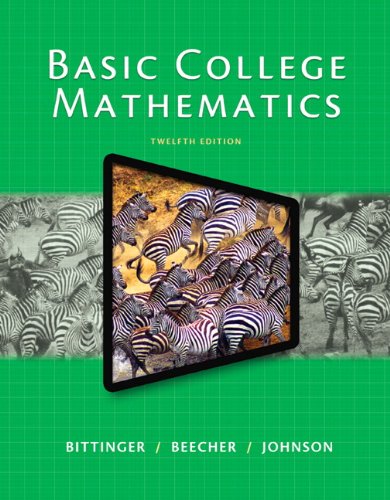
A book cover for Basic College Mathematics (12th Edition); Marvin L. Bittinger; Science & Math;